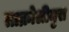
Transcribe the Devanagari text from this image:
ताक्रोलीमुस